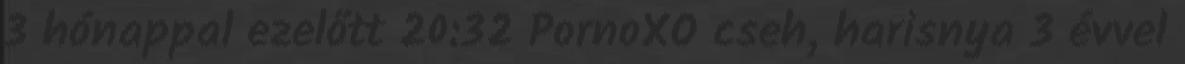
3 hónappal ezelőtt 20:32 PornoXO cseh, harisnya 3 évvel